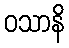
ဝသာနိ